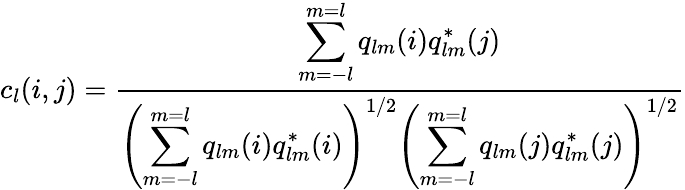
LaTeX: c_{l}(i,j)=\frac{\displaystyle\sum_{m=-l}^{m=l}q_{lm}(i)q_{lm}^{*}(j)}{\left(\displaystyle\sum_{m=-l}^{m=l}q_{lm}(i)q_{lm}^{*}(i)\right)^{1/2}\left(\displaystyle\sum_{m=-l}^{m=l}q_{lm}(j)q_{lm}^{*}(j)\right)^{1/2}}